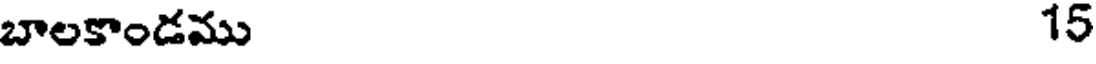
బాలకాండము 15